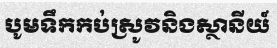
បូមទឹកកប់ស្រូវនិងស្ថានីយ៍